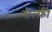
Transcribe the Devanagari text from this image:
सेल्फ़ी